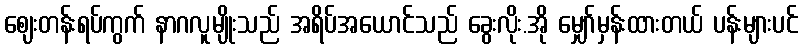
ဈေးတန်းရပ်ကွက် နာဂလူမျိုးသည် အရိပ်အယောင်သည် ခွေးလိုး.အို မျှော်မှန်းထားတယ် ပန်းများပင်